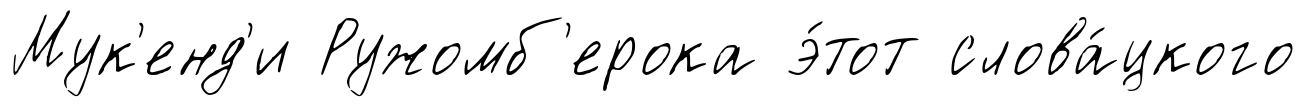
Мук'енд'и Ружомб'ерока э́тот слова́цкого